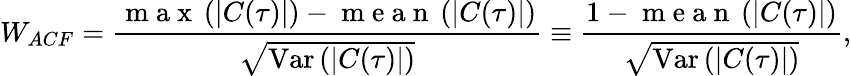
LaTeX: {W_{ACF}}=\frac{\mathrm{~m~a~x~}\left(|C(\tau)|\right)-\mathrm{~m~e~a~n~}\left(|C(\tau)|\right)}{\sqrt{\operatorname{Var}\left(|C(\tau)|\right)}}\equiv\frac{1-\mathrm{~m~e~a~n~}\left(|C(\tau)|\right)}{\sqrt{\operatorname{Var}\left(|C(\tau)|\right)}},